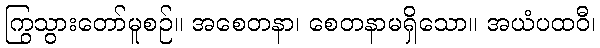
ကြွသွားတော်မူစဉ်။ အစေတနာ၊ စေတနာမရှိသော။ အယံပထဝီ၊